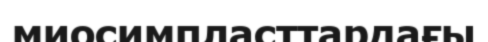
миосимпласттардағы